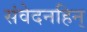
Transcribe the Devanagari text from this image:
संवेदनहिन्